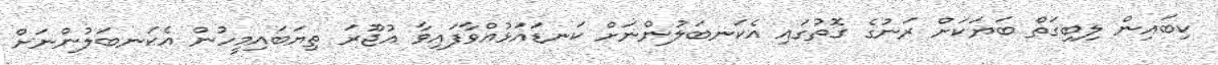
ކިބައިން ލިބިގަތް ބަޔަކަށް ރަނުގެ ގޮތުގައި އެކަނބަލުންނަށް ކަނޑައަޅުއްވާފައިވާ އުޖޫރަ ތިޔަބައިމީހުން އެކަނބަލުންނަށް